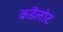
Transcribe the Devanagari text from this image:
कडॆलोट